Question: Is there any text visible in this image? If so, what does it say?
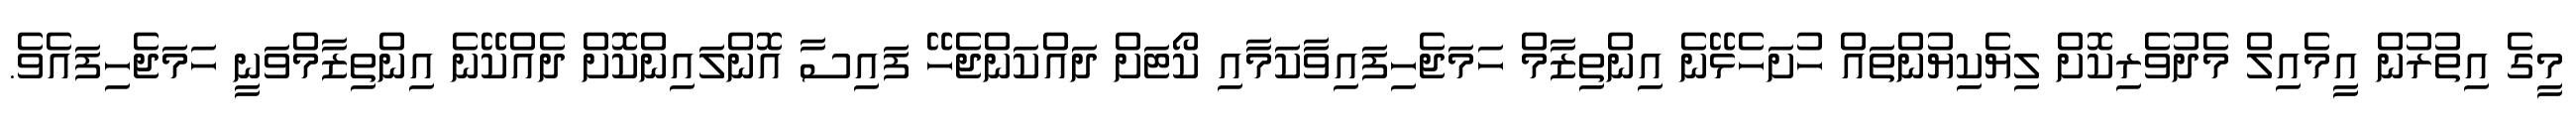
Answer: މީގެ އިތުރުން އީމެއިލް މެދުވެރިކޮށް ލިޔެކިޔުންތައް ހުށަހެޅޭނެ އިންތިޒާމް ހަމަޖެހިފައިވާކަމާއި ކޯޓަށް ދައްކަންޖެހޭ ފައިސާ އޮންލައިންކޮށް ދެއްކޭނެ އިންތިޒާމްވަނީ ހަމަޖެހިފައެވެ.